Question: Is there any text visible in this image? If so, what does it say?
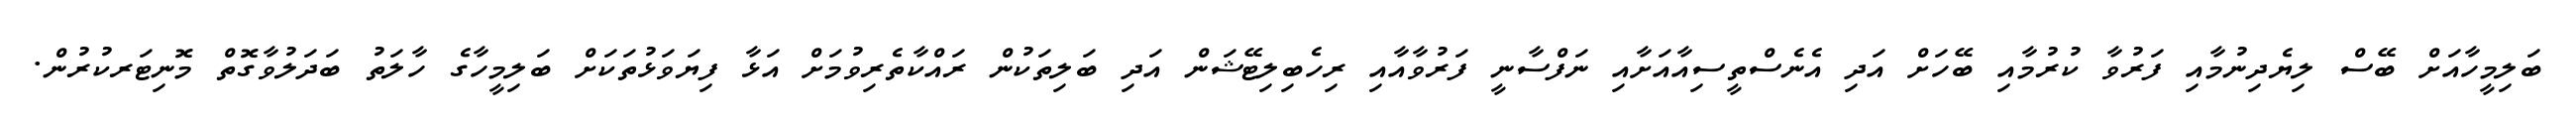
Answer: ބަލިމީހާއަށް ބޭސް ލިޔެދިނުމާއި ފަރުވާ ކުރުމާއި ބޭހަށް އަދި އެނެސްތީސިއާއަށާއި ނަފްސާނީ ފަރުވާއާއި ރިހެބިލިޓޭޝަން އަދި ބަލިތަކުން ރައްކާތެރިވުމަށް އަޅާ ފިޔަވަޅުތަކަށް ބަލިމީހާގެ ހާލަތު ބަދަލުވާގޮތް މޮނިޓަރކުރުން.